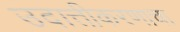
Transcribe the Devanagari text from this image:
उदात्तीकरणाचा